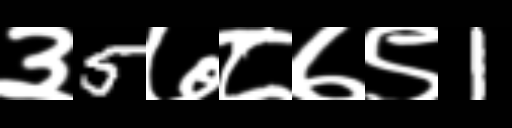
Text: ३5७८७९1